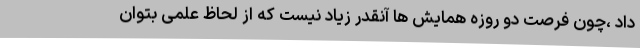
داد ،چون فرصت دو روزه همایش ها آنقدر زیاد نیست که از لحاظ علمی بتوان